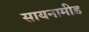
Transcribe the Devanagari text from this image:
सायनामीड